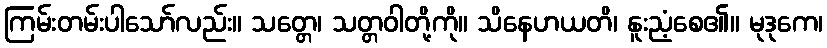
ကြမ်းတမ်းပါသော်လည်း။ သတ္တေ၊ သတ္တဝါတို့ကို။ သိနေဟယတိ၊ နူးညံ့စေ၏။ မုဒုကေ၊